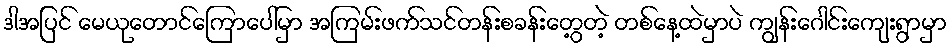
ဒါအပြင် မေယုတောင်ကြောပေါ်မှာ အကြမ်းဖက်သင်တန်းစခန်းတွေ့တဲ့ တစ်နေ့ထဲမှာပဲ ကျွန်းဂေါင်းကျေးရွာမှာ